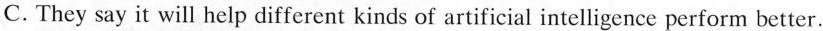
C. They say it will help different kinds of artificial intelligence perform better.